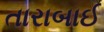
તારાબાઈ